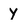
Character: y